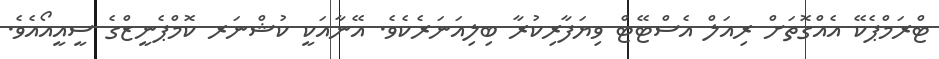
ޓްރަމްޕެކޭ އެއްގޮތަށް ރިއަލް އެސްޓޭޓް ވިޔަފާރިކުރާ ބިލިއަނަރެކެވެ. އޭނާއަކީ ކުޝްނަރ ކޮމްޕެނީޒްގެ ސީއީއޯއެވެ.